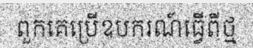
ពួកគេប្រើឧបករណ៍ធ្វើពីថ្ម